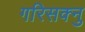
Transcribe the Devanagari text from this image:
गरिसक्नु